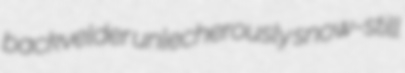
backvelder unlecherously snow-still